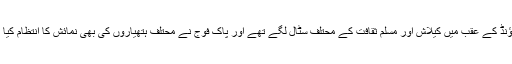
گراؤنڈ کے عقب میں کیلاش اور مسلم ثقافت کے محتلف سٹال لگے تھے اور پاک فوج نے محتلف ہتھیاروں کی بھی نمائش کا انتظام کیا تھا۔